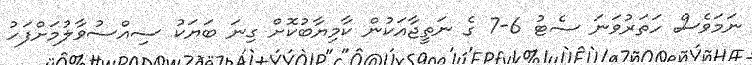
ނަމަވެސް ހަތަރުވަނަ ސެޓު 6-7 ގެ ނަތީޖާއަކުން ކާމިޔާބުކޮށް ގިނަ ބަޔަކު ސިއްސުވާލުމަށްފަހު